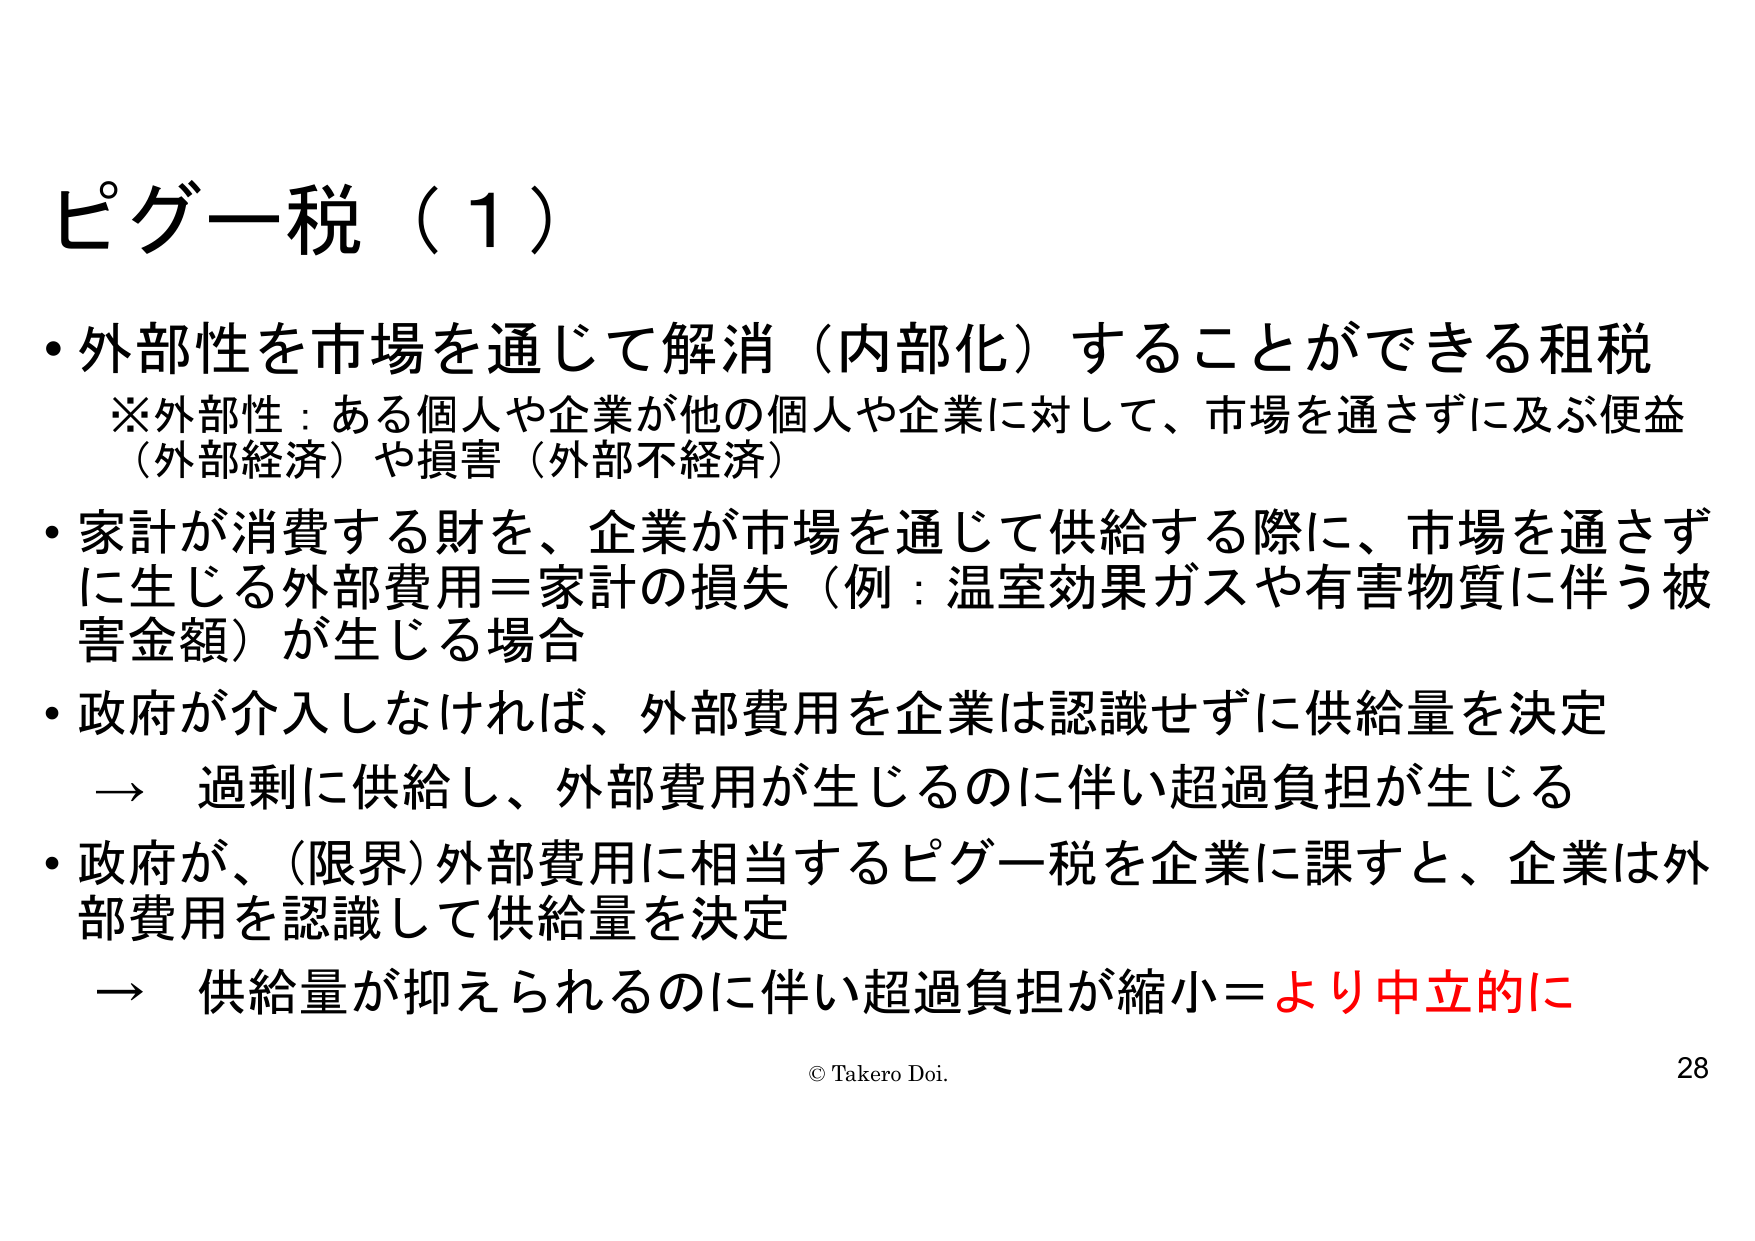
ピゲー税（1）

・外部性を市場を通じて解消（内部化）することができる租税
　※外部性：ある個人や企業が他の個人や企業に対して、市場を通さずに及ぶ便益
　（外部経済）や損害（外部不経済）

・家計が消費する財を、企業が市場を通じて供給する際に、市場を通さず
　に生じる外部費用＝家計の損失（例：温室効果ガスや有害物質に伴う被害金額）が生じる場合

・政府が介入しなければ、外部費用を企業は認識せずに供給量を決定
　→ 過剰に供給し、外部費用が生じるのに伴い超過負担が生じる

・政府が、（限界）外部費用に相当するピゲー税を企業に課すと、企業は外部費用を認識して供給量を決定
　→ 供給量が抑えられるのに伴い超過負担が縮小＝より中立的に

© Takero Doi. 28